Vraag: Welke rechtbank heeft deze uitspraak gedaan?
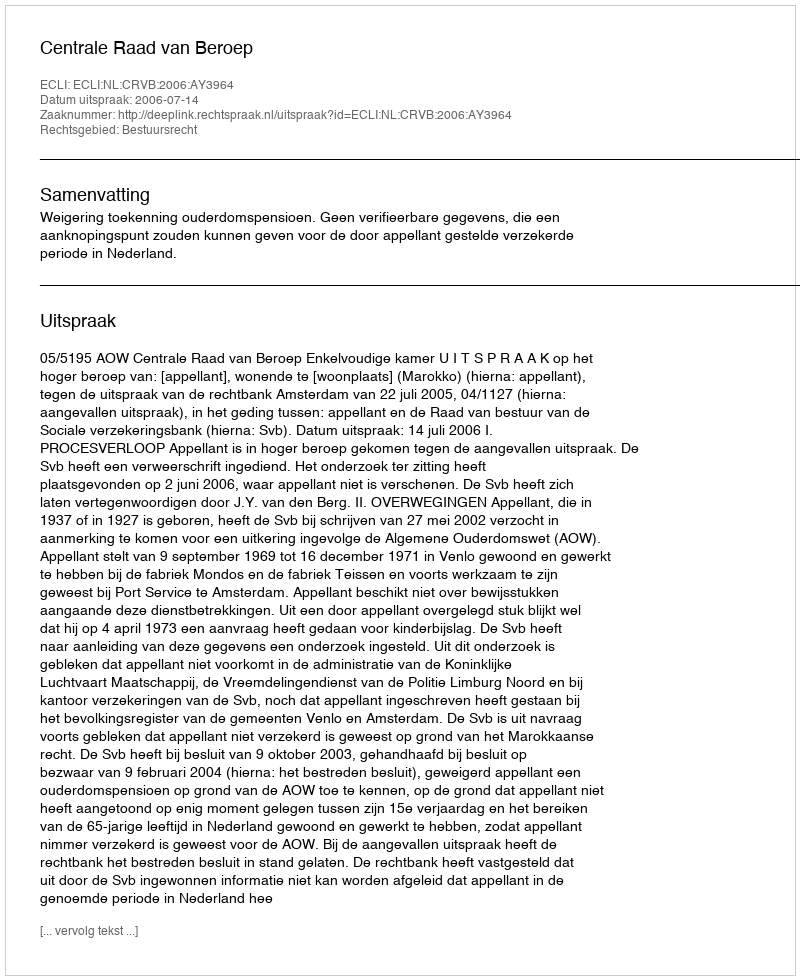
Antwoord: Centrale Raad van Beroep